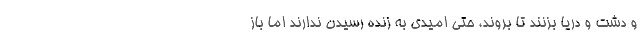
و دشت و دریا بزنند تا بروند، حتی امیدی به زنده رسیدن ندارند اما باز